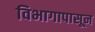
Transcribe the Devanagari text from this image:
विभागापासून